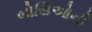
બોસિઓની